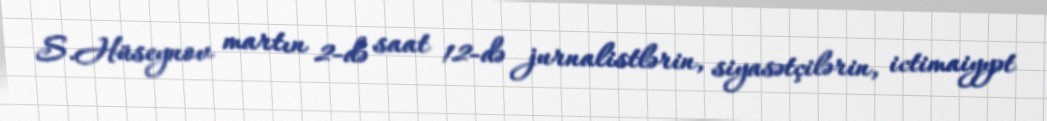
S.Hüseynov martın 2-də saat 12-də jurnalistlərin, siyasətçilərin, ictimaiyyət